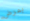
بمرض